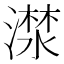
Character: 𣾕